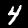
Digit: 4